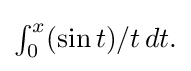
{\textstyle \int _{0}^{x}(\sin t)/t\,dt.}